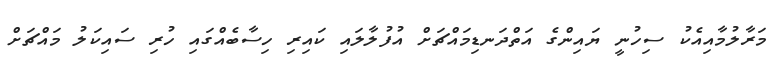
މަރާލުމާއިއެކު ސިހުނީ ޔައިންގެ އަތްދަނޑިމައްޗަށް އުފުލާލައި ކައިރި ހިސާބެއްގައި ހުރި ސައިކަލު މައްޗަށް